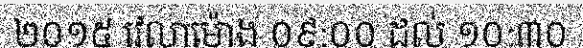
២០១៥ វេលាម៉ោង ០៩:០០ ដល់ ១០:៣០